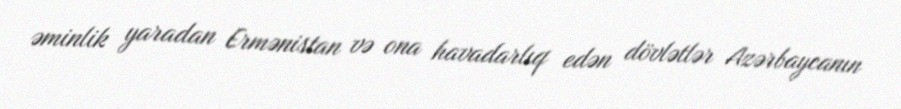
əminlik yaradan Ermənistan və ona havadarlıq edən dövlətlər Azərbaycanın